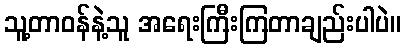
သူ့တာဝန်နဲ့သူ အရေးကြီးကြတာချည်းပါပဲ။